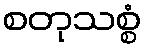
စတုသစ္စံ